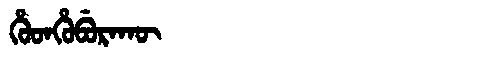
Manchu: ᡥᡠᡨᡥᡠᠪᡠᡵᠠᡴᡡ
Romanization: HUTHUBURAKŪ